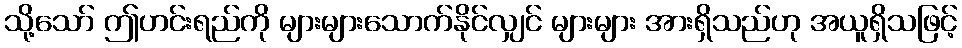
သို့သော် ဤဟင်းရည်ကို များများသောက်နိုင်လျှင် များများ အားရှိသည်ဟု အယူရှိသဖြင့်